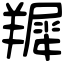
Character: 𦎾